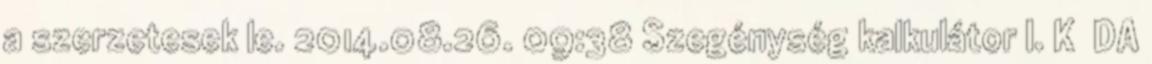
a szerzetesek le. 2014.08.26. 09:38 Szegénység kalkulátor I. K DA